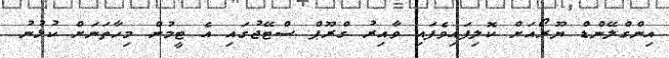
އިންގްލޭންޑް ޔޫރޯއަށް ކޮލިފައިވެފައި ވާއިރު ގްރޫޕް ސްޓޭޖުގައި އެ ޓީމުން މިހާތަނަށް ކުޅުނު